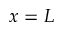
x = L